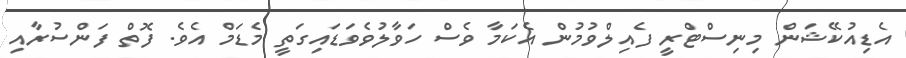
އެޑިއުކޭޝަން މިނިސްޓްރީ ފެއިލްވުމުން އެކަމާ ވެސް ހަވާލުވެވަޑައިގަތީ މެޑަމް އެވެ. ފޮތް ފަންސުރާއި